Vaccination Hyderabad 1890-1903 - 1890-1903
Year: 1890
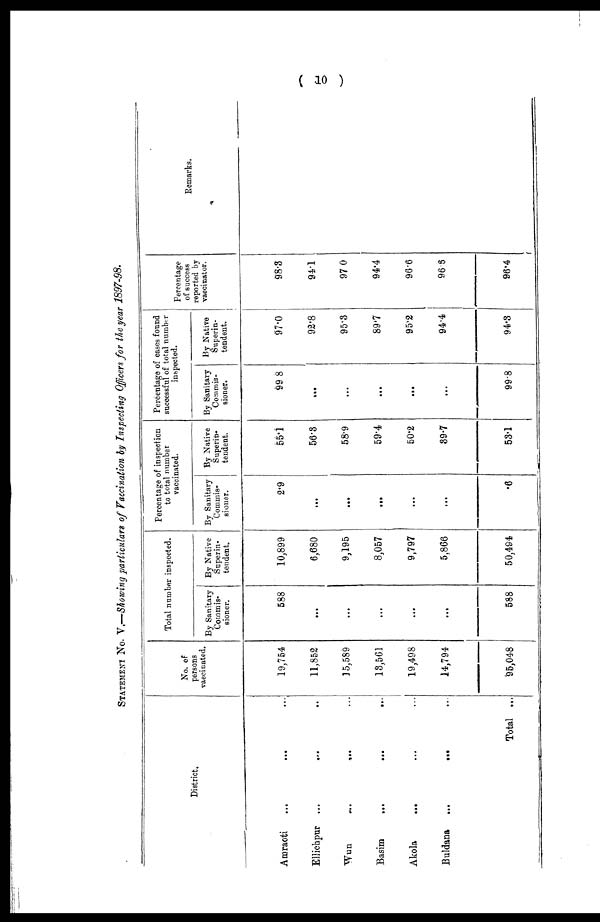
( 10 )
STATEMENT NO. V.—Showing particulars of Vaccination by Inspecting Officers for the year 1897-98.
District.
Amraoti ... ... ...
Ellichpur ...
...
...
Wun
...
...
Basim
...
...
...
Akola
... ... ...
Buldana
... ... ...
Total ...
No. of
persons
vaccinated.
19,754
11,852
15,589
18,561
19,498
14,794
95,048
Total number inspected.
By Sanitary
Commis-
sioner.
588
...
...
...
...
...
588
By Native
Superin¬
tendent.
10,899
6,680
9,195
8,057
9,797
5,866
50,494
Percentage of inspection
to total number
vaccinated.
By Sanitary
Commis¬
sioner.
2.9
...
...
...
...
...
.6
By Native
Superin¬
tendent.
55.1
56.3
58.9
59.4
50.2
39.7
53.1
Percentage of oases found
successful of total number
inspected.
By Sanitary
Commis-
sioner.
99.8
...
...
...
...
...
99.8
By Native
Superin-
tendent.
97.0
92.8
95.3
89.7
95.2
94.4
94.3
Percentage
of success
reported by
vaccinator.
98.3
94.1
97.0
94.4
96.6
96.6
96.4
Remarks.